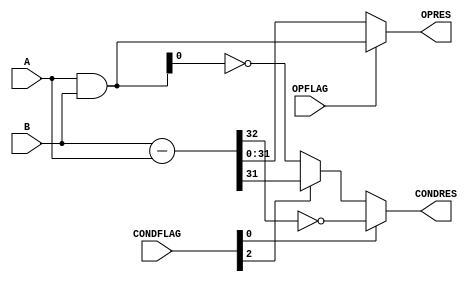
module Alu
(
	input wire[31:0] A,
	input wire[31:0] B,
	input wire OPFLAG, //[0]sub, [other]xan
	input wire[2:0] CONDFLAG, //[0]unsigned comparison, [1]lsb, [2]neg
	output wire[31:0] OPRES,
	output wire CONDRES
);

wire[31:0] adder_res, adder_and;
wire adder_cout;

wire[32:0] adder_a = {1'b0, A};
wire[32:0] adder_b = {1'b0, B};
wire[32:0] adder_r = adder_b - adder_a;
assign adder_res = adder_r[31:0];
assign adder_cout = adder_r[32];
assign adder_and = (A) & B;

assign OPRES = /*adder_res;*/
				OPFLAG 	? adder_and[31:0]
						  //Old for Subneg4X
						  //{!adder_cout, adder_and[31:1]} //Right-shifted AND
                    	: adder_res; //Sum
assign CONDRES = /*adder_res[31];*/
				 CONDFLAG[0] ? !adder_cout :
                 CONDFLAG[2] ? adder_res[31]
				             : !adder_and[0];

endmodule


module Shifter
(
input wire EN,
input wire[31:0] V,
input wire[4:0] ARGS,
output wire[31:0] RES
);

//Shift by 1, 2, 8

assign RES = V >> 8;

/*
wire[31:0] gatedV = EN ? V : 32'b0;

wire[31:0] res_shifhted = ARGS[0] ? (gatedV >> 1) :
                          ARGS[1] ? (gatedV >> 2) :
						  ARGS[2] ? (gatedV >> 8) : 32'd0;
assign RES = res_shifhted;
*/
endmodule